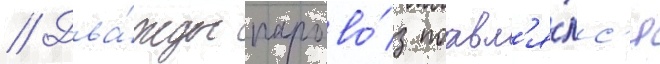
// Два́жды парово́з поавл'я́лс'я